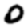
Digit: 0